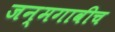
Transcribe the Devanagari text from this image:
जन्मगावीच